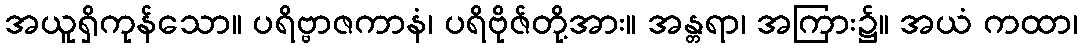
အယူရှိကုန်သော။ ပရိဗ္ဗာဇကာနံ၊ ပရိဗိုဇ်တို့အား။ အန္တရာ၊ အကြား၌။ အယံ ကထာ၊